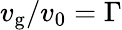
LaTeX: v_{\mathrm{g}}/v_{0}=\Gamma